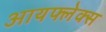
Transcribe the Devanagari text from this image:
आयफ्लेक्स